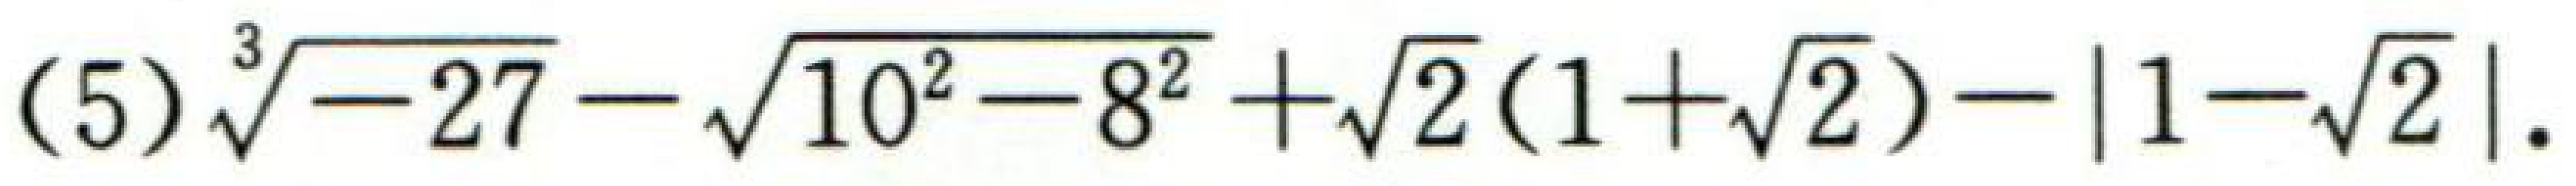
(5)\(\sqrt[3]{-27}-\sqrt{10^{2}-8^{2}}+\sqrt{2}(1 + \sqrt{2})-\vert1-\sqrt{2}\vert\).